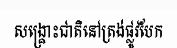
សង្គ្រោះជាតិនៅត្រង់ផ្លូវបែក